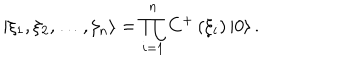
\left| \xi _ { 1 } , \xi _ { 2 } , \ldots , \xi _ { n } \right\rangle = \prod _ { i = 1 } ^ { n } C ^ { + } \left( \xi _ { i } \right) \left| 0 \right\rangle .